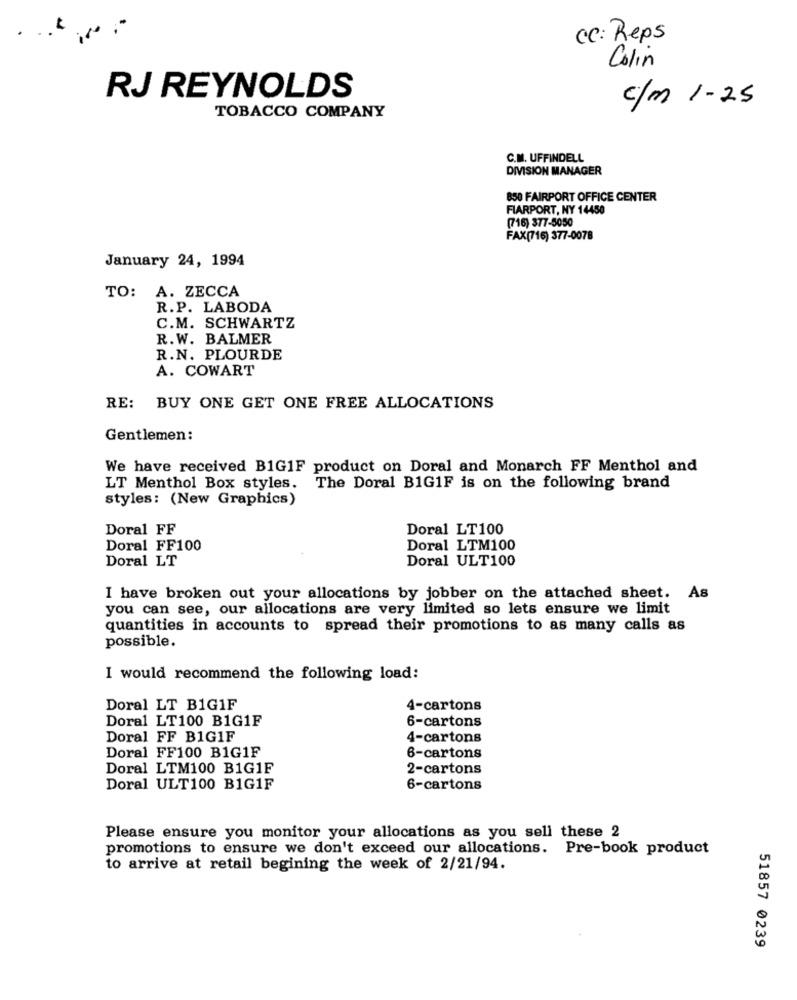
CC: Reps
Colin
RJ REYNOLDS
c/m 1-25
TOBACCO COMPANY
C.M. UFFINDELL
DIVISION MANAGER
850 FAIRPORT OFFICE CENTER
FIARPORT, NY 14450
(716) 377-5050
FAX(716) 377-0078
January 24, 1994
TO: A. ZECCA
R.P. LABODA
C.M. SCHWARTZ
R.W. BALMER
R.N. PLOURDE
A. COWART
RE: BUY ONE GET ONE FREE ALLOCATIONS
Gentlemen:
We have received B1G1F product on Doral and Monarch FF Menthol and
LT Menthol Box styles. The Doral B1G1F is on the following brand
styles: (New Graphics)
Doral FF
Doral LT100
Doral FF100
Doral LTM100
Doral LT
Doral ULT100
I have broken out your allocations by jobber on the attached sheet. As
you can see, our allocations are very limited so lets ensure we limit
quantities in accounts to spread their promotions to as many calls as
possible.
I would recommend the following load:
Doral LT B1G1F
4-cartons
Doral LT100 B1G1F
6-cartons
Doral FF B1G1F
4-cartons
Doral FF100 B1G1F
6-cartons
Doral LTM100 B1G1F
2-cartons
Doral ULT100 B1G1F
6-cartons
Please ensure you monitor your allocations as you sell these 2
promotions to ensure we don't exceed our allocations. Pre-book product
to arrive at retail begining the week of 2/21/94.
51857 0239